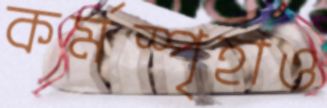
কর্মস্পৃহাও